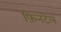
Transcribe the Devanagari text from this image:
फ़िनटेल